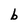
Character: b